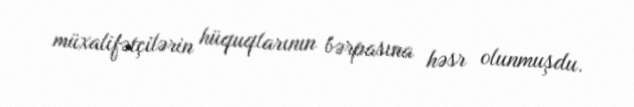
müxalifətçilərin hüquqlarının bərpasına həsr olunmuşdu.